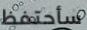
سأحتفظ